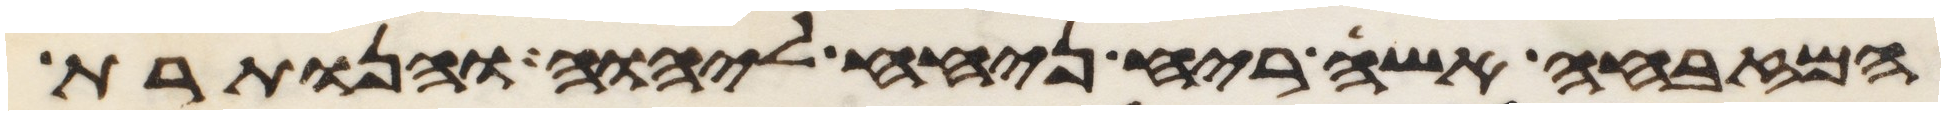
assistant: המזבחה אשה ריח ניחח ליהוה והנותרת